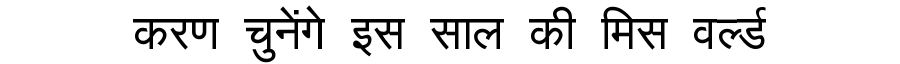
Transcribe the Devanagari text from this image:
करण चुनेंगे इस साल की मिस वर्ल्ड